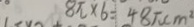
8 \pi \times 6 = 4 8 \pi c m ^ { 2 }